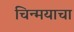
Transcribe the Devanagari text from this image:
चिन्मयाचा